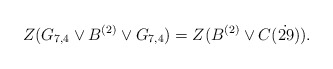
\begin{align*} Z(G_{7,4}\vee B^{(2)} \vee G_{7,4})=Z( B^{(2)} \vee C(\dot{29})). \end{align*}